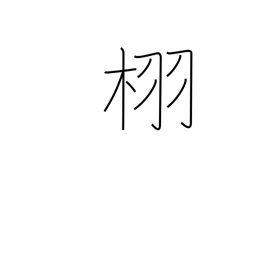
Meaning: type of oak